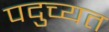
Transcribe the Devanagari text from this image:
पदुच्यत